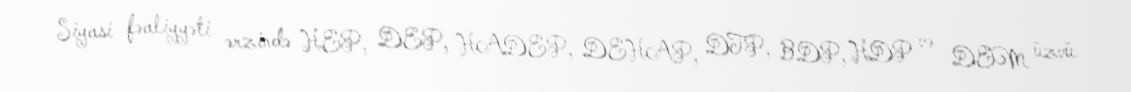
Siyasi fəaliyyəti ərzində HEP, DEP, HADEP, DEHAP, DTP, BDP, HDP və DEM üzvü